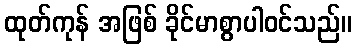
ထုတ်ကုန် အဖြစ် ခိုင်မာစွာပါဝင်သည်။